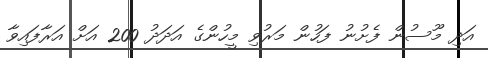
އަދި މޫސުން ފެށުނު ފަހުން މަރުވި މީހުންގެ އަދަދު 200 އަށް އަރާފައިވާ